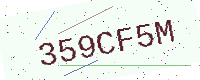
Text: 359CF5M